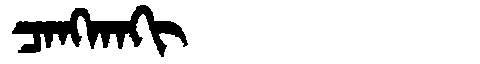
Manchu: ᠴᠠᠩᡴᠠᡴᡳ
Romanization: CANGKAKI